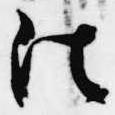
法